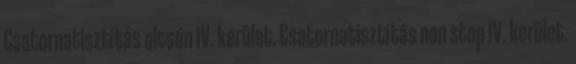
Csatornatisztítás olcsón IV. kerület. Csatornatisztítás non stop IV. kerület.